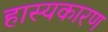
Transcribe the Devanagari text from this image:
हास्यकारण